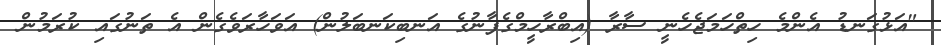
"އަޅުގަނޑު އެންމެ ހިތްހަމަޖެހެނީ ސާރާ (އިބްރާހީމްގެފާނުގެ އަނބިކަނބަލުން) އަވަހާރަވެގެން އެ ތަނުގައި ކުރަމުން